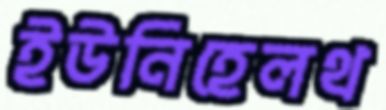
ইউনিহেলথ